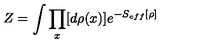
Z = \int \prod _ { x } [ d \rho ( x ) ] e ^ { - S _ { e f f } [ \rho ] }